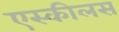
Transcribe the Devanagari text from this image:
एस्कीलस